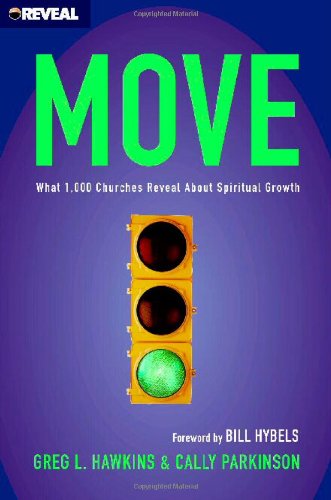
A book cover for Move: What 1,000 Churches Reveal about Spiritual Growth; Greg L. Hawkins; Christian Books & Bibles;